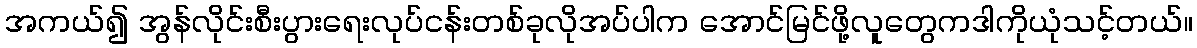
အကယ်၍ အွန်လိုင်းစီးပွားရေးလုပ်ငန်းတစ်ခုလိုအပ်ပါက အောင်မြင်ဖို့လူတွေကဒါကိုယုံသင့်တယ်။